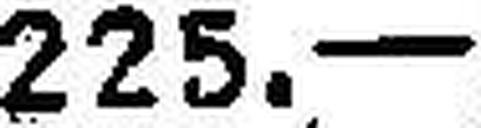
225.—